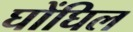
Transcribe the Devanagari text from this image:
घोंघिल